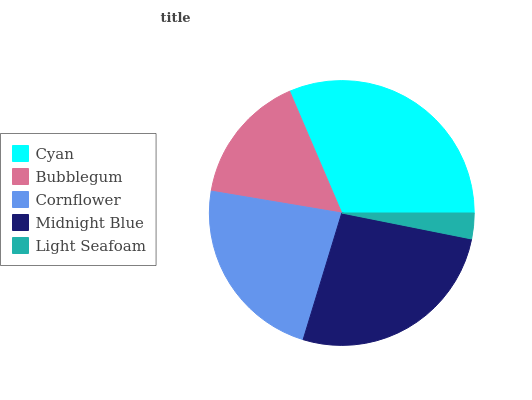
| Cyan | Bubblegum | Cornflower | Midnight Blue | Light Seafoam |
 | --- | --- | --- | --- | --- |
 | 31.5% | 15.9% | 22.9% | 26.6% | 3.13% |